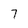
Character: 7